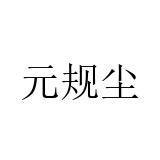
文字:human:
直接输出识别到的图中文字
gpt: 元规尘